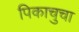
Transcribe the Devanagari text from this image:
पिकाचुचा